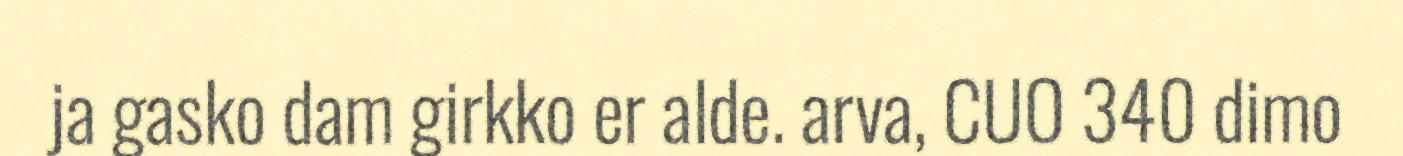
ja gasko dam girkko er alde. arva, CUO 340 dimo